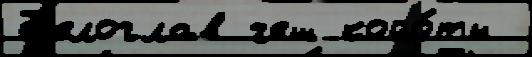
Б'елоглав чеш койо́ты